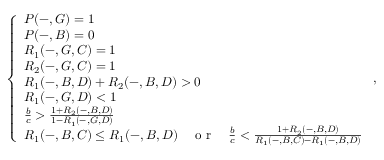
\left\{ \begin{array} { l l } { P ( - , G ) = 1 } \\ { P ( - , B ) = 0 } \\ { R _ { 1 } ( - , G , C ) = 1 } \\ { R _ { 2 } ( - , G , C ) = 1 } \\ { R _ { 1 } ( - , B , D ) + R _ { 2 } ( - , B , D ) > 0 } \\ { R _ { 1 } ( - , G , D ) < 1 } \\ { \frac { b } { c } > \frac { 1 + R _ { 2 } ( - , B , D ) } { 1 - R _ { 1 } ( - , G , D ) } } \\ { R _ { 1 } ( - , B , C ) \leq R _ { 1 } ( - , B , D ) { \quad \mathrm { ~ o ~ r ~ } \quad } \frac { b } { c } < \frac { 1 + R _ { 2 } ( - , B , D ) } { R _ { 1 } ( - , B , C ) - R _ { 1 } ( - , B , D ) } } \end{array} \right. ,